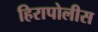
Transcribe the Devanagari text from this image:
हिरापोलीस